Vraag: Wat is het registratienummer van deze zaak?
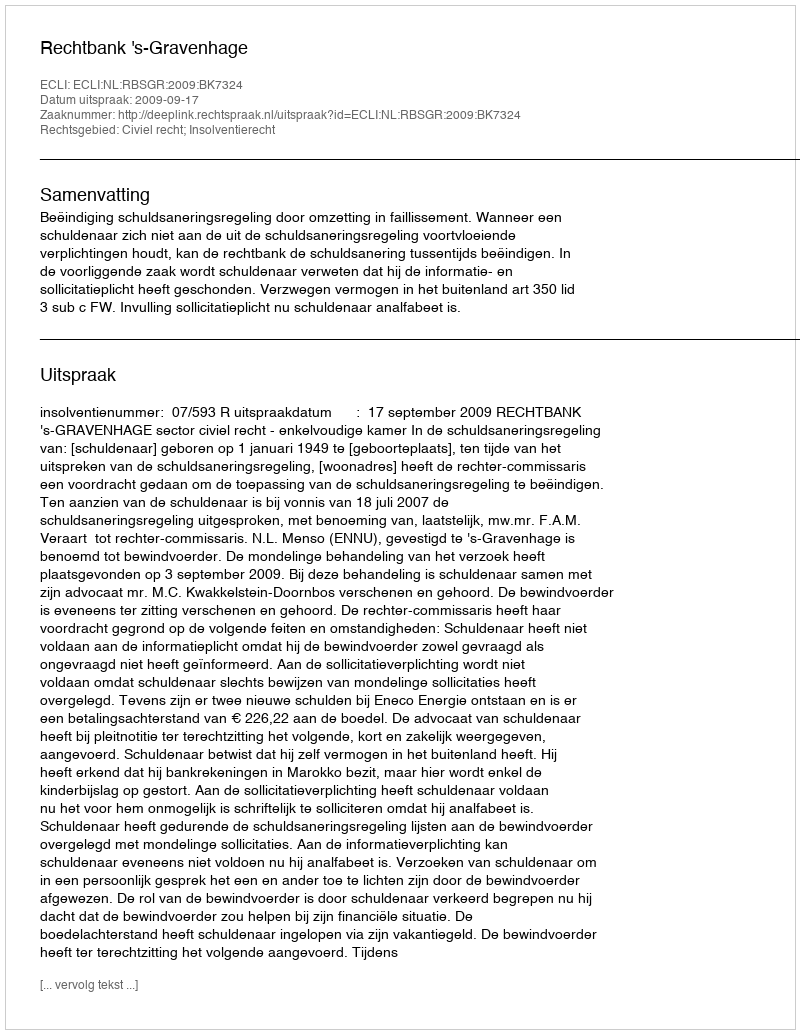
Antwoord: http://deeplink.rechtspraak.nl/uitspraak?id=ECLI:NL:RBSGR:2009:BK7324